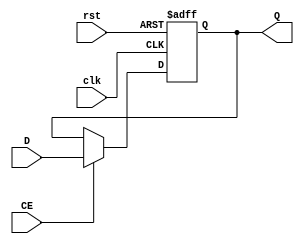
`timescale 1ns / 1ps

module REG64(
                    input clk,
					input rst,
					input CE,
					input [63:0]D,
					output reg[63:0]Q
					);
					
	always @(posedge clk or posedge rst)
		if (rst)  Q <= 64'h0000000000000000;
		else if (CE) Q <= D;

endmodule


module REG64_PC(
                    input clk,
					input rst,
					input CE,
					input [63:0]D,
					output reg[63:0]Q
					);
					
	always @(posedge clk or posedge rst)
		if (rst)  Q <= 64'h80200000;
		else if (CE) Q <= D;

endmodule